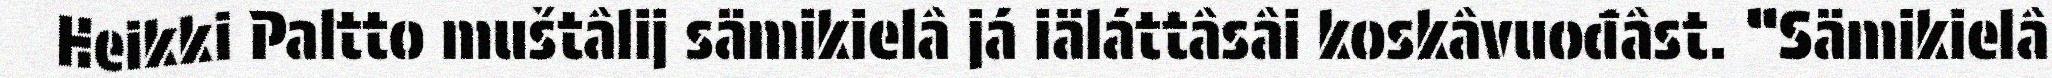
Heikki Paltto muštâlij sämikielâ já iäláttâsâi koskâvuođâst. “Sämikielâ